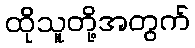
ထိုသူတို့အတွက်